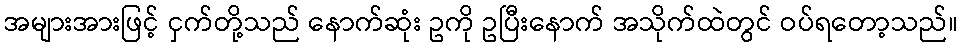
အများအားဖြင့် ငှက်တို့သည် နောက်ဆုံး ဥကို ဥပြီးနောက် အသိုက်ထဲတွင် ဝပ်ရတော့သည်။